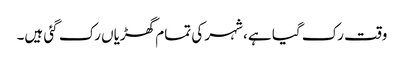
وقت رک گیا ہے، شہر کی تمام گھڑیاں رک گئی ہیں۔